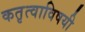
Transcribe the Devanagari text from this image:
कतृत्वाविषयी